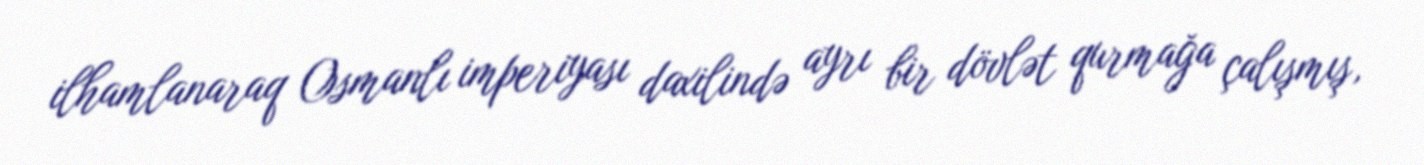
ilhamlanaraq Osmanlı imperiyası daxilində ayrı bir dövlət qurmağa çalışmış,